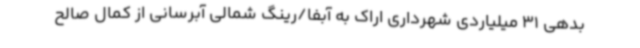
بدهی 31 میلیاردی شهرداری اراک به آبفا/رینگ شمالی آبرسانی از کمال صالح